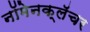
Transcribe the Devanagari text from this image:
नॉमेनक्लॅचर